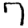
Digit: 7